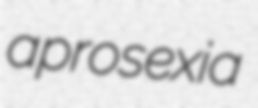
aprosexia